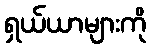
ရှယ်ယာများကို